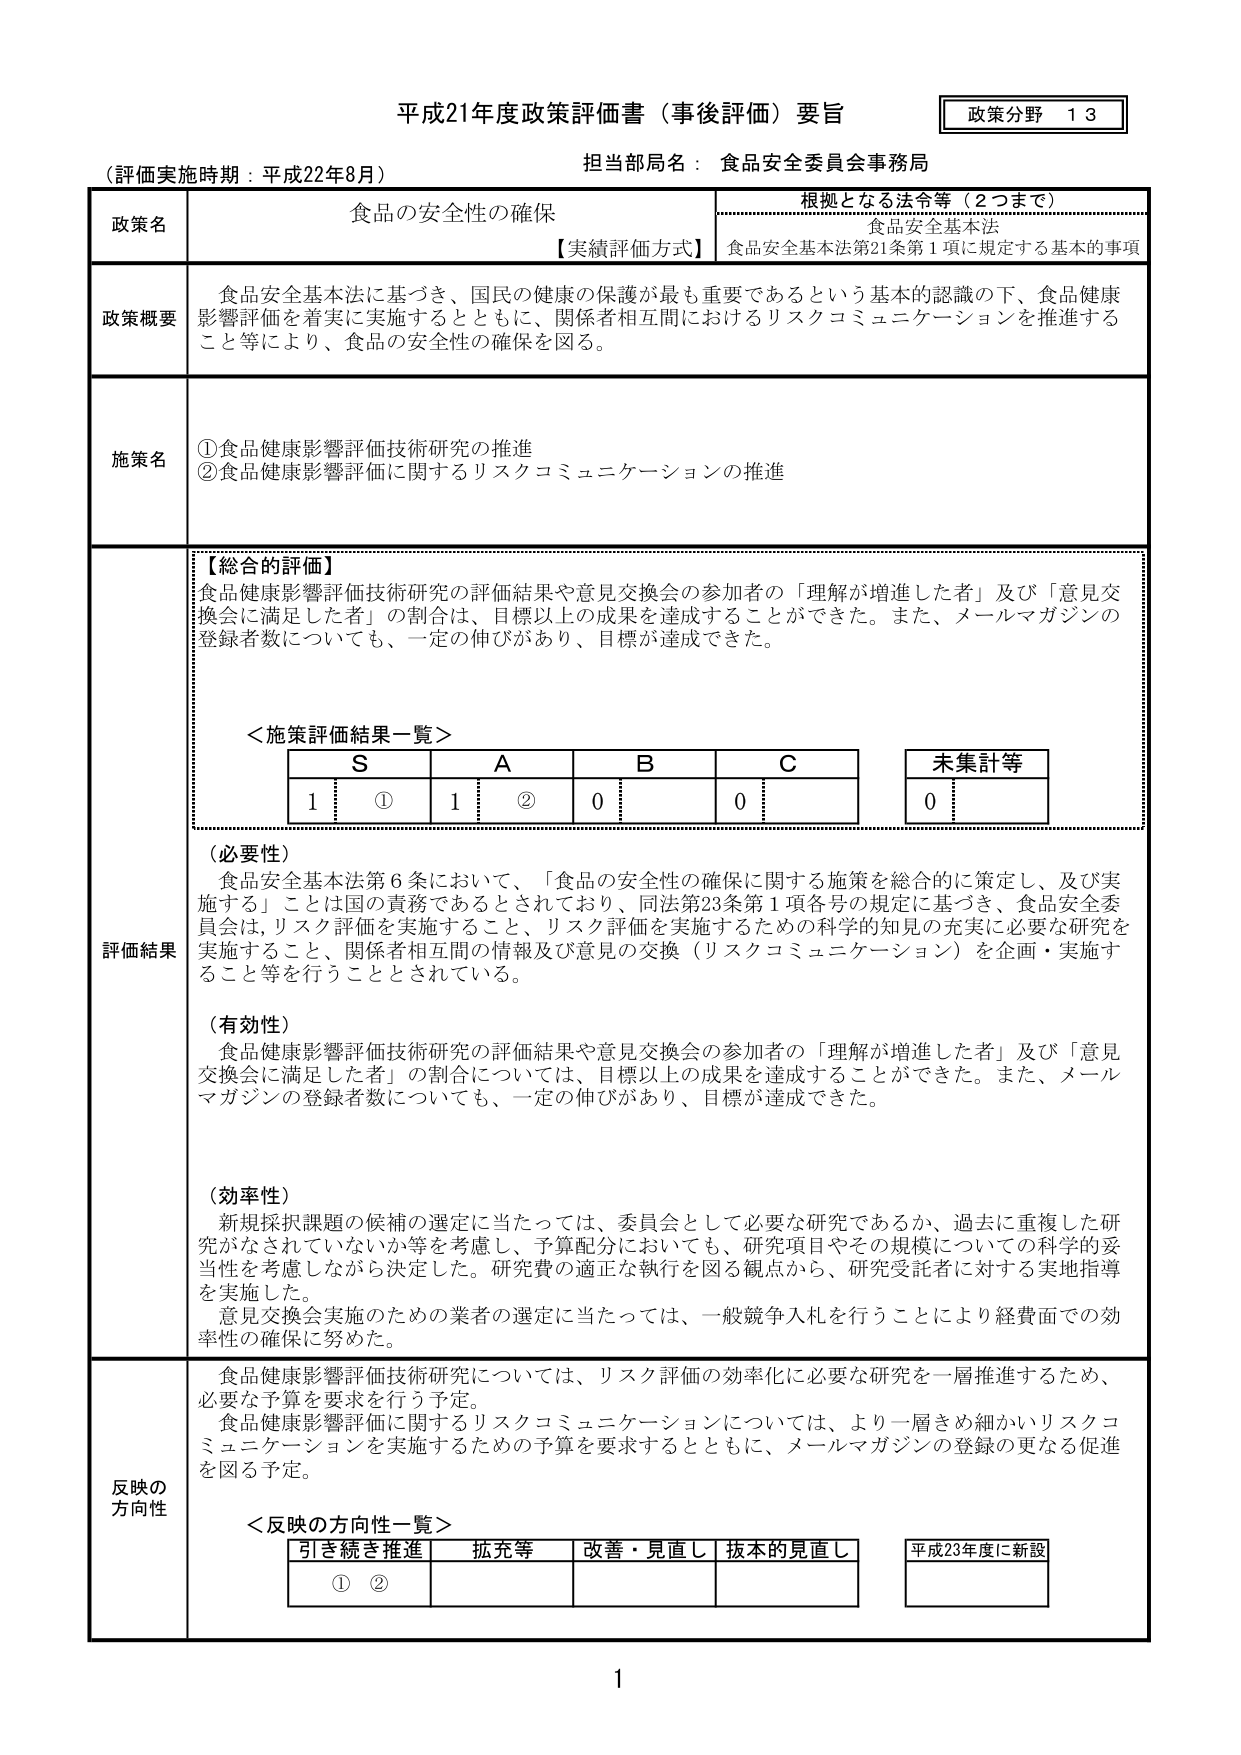
平成21年度政策評価書（事後評価）要旨

政策分野 13

（評価実施時期：平成22年8月） 担当部局名：食品安全委員会事務局

政策名 食品の安全性の確保

根拠となる法令等（2つまで）
食品安全基本法
【実績評価方式】 食品安全基本法第21条第1項に規定する基本的事項

政策概要 食品安全基本法に基づき、国民の健康の保護が最も重要であるという基本的認識の下、食品健康影響評価を着実に実施するとともに、関係者相互間におけるリスクコミュニケーションを推進すること等により、食品の安全性の確保を図る。

施策名 ①食品健康影響評価技術研究の推進
②食品健康影響評価に関するリスクコミュニケーションの推進

【総合的評価】
食品健康影響評価技術研究の評価結果や意見交換会の参加者の「理解が増進した者」及び「意見交換会に満足した者」の割合は、目標以上の成果を達成することができた。また、メールマガジンの登録者数についても、一定の伸びがあり、目標が達成できた。

＜施策評価結果一覧＞
S A B C 未集計等
1 ① 1 ② 0 0 0

評価結果 （必要性）
食品安全基本法第6条において、「食品の安全性の確保に関する施策を総合的に策定し、及び実施する」ことは国の責務であるとされており、同法第23条第1項各号の規定に基づき、食品安全委員会は、リスク評価を実施すること、リスク評価を実施するための科学的知見の充実に必要な研究を実施すること、関係者相互間の情報及び意見の交換（リスクコミュニケーション）を企画・実施すること等を行うこととされている。

（有効性）
食品健康影響評価技術研究の評価結果や意見交換会の参加者の「理解が増進した者」及び「意見交換会に満足した者」の割合については、目標以上の成果を達成することができた。また、メールマガジンの登録者数についても、一定の伸びがあり、目標が達成できた。

（効率性）
新規採択課題の候補の選定に当たっては、委員会として必要な研究であるか、過去に重複した研究がなされていないか等を考慮し、予算配分においても、研究項目やその規模についての科学的妥当性を考慮しながら決定した。研究費の適正な執行を図る観点から、研究受託者に対する実地指導を実施した。
意見交換会実施のための業者の選定に当たっては、一般競争入札を行うことにより経費面での効率性の確保に努めた。

反映の方向性 食品健康影響評価技術研究については、リスク評価の効率化に必要な研究を一層推進するため、必要な予算を要求を行う予定。
食品健康影響評価に関するリスクコミュニケーションについては、より一層きめ細かいリスクコミュニケーションを実施するための予算を要求するとともに、メールマガジンの登録の更なる促進を図る予定。

＜反映の方向性一覧＞
引き続き推進 拡充等 改善・見直し 抜本的見直し 平成23年度に新設
① ②

1